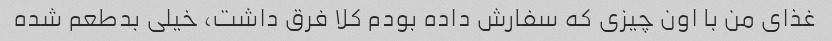
غذای من با اون چیزی که سفارش داده بودم کلا فرق داشت، خیلی بدطعم شده